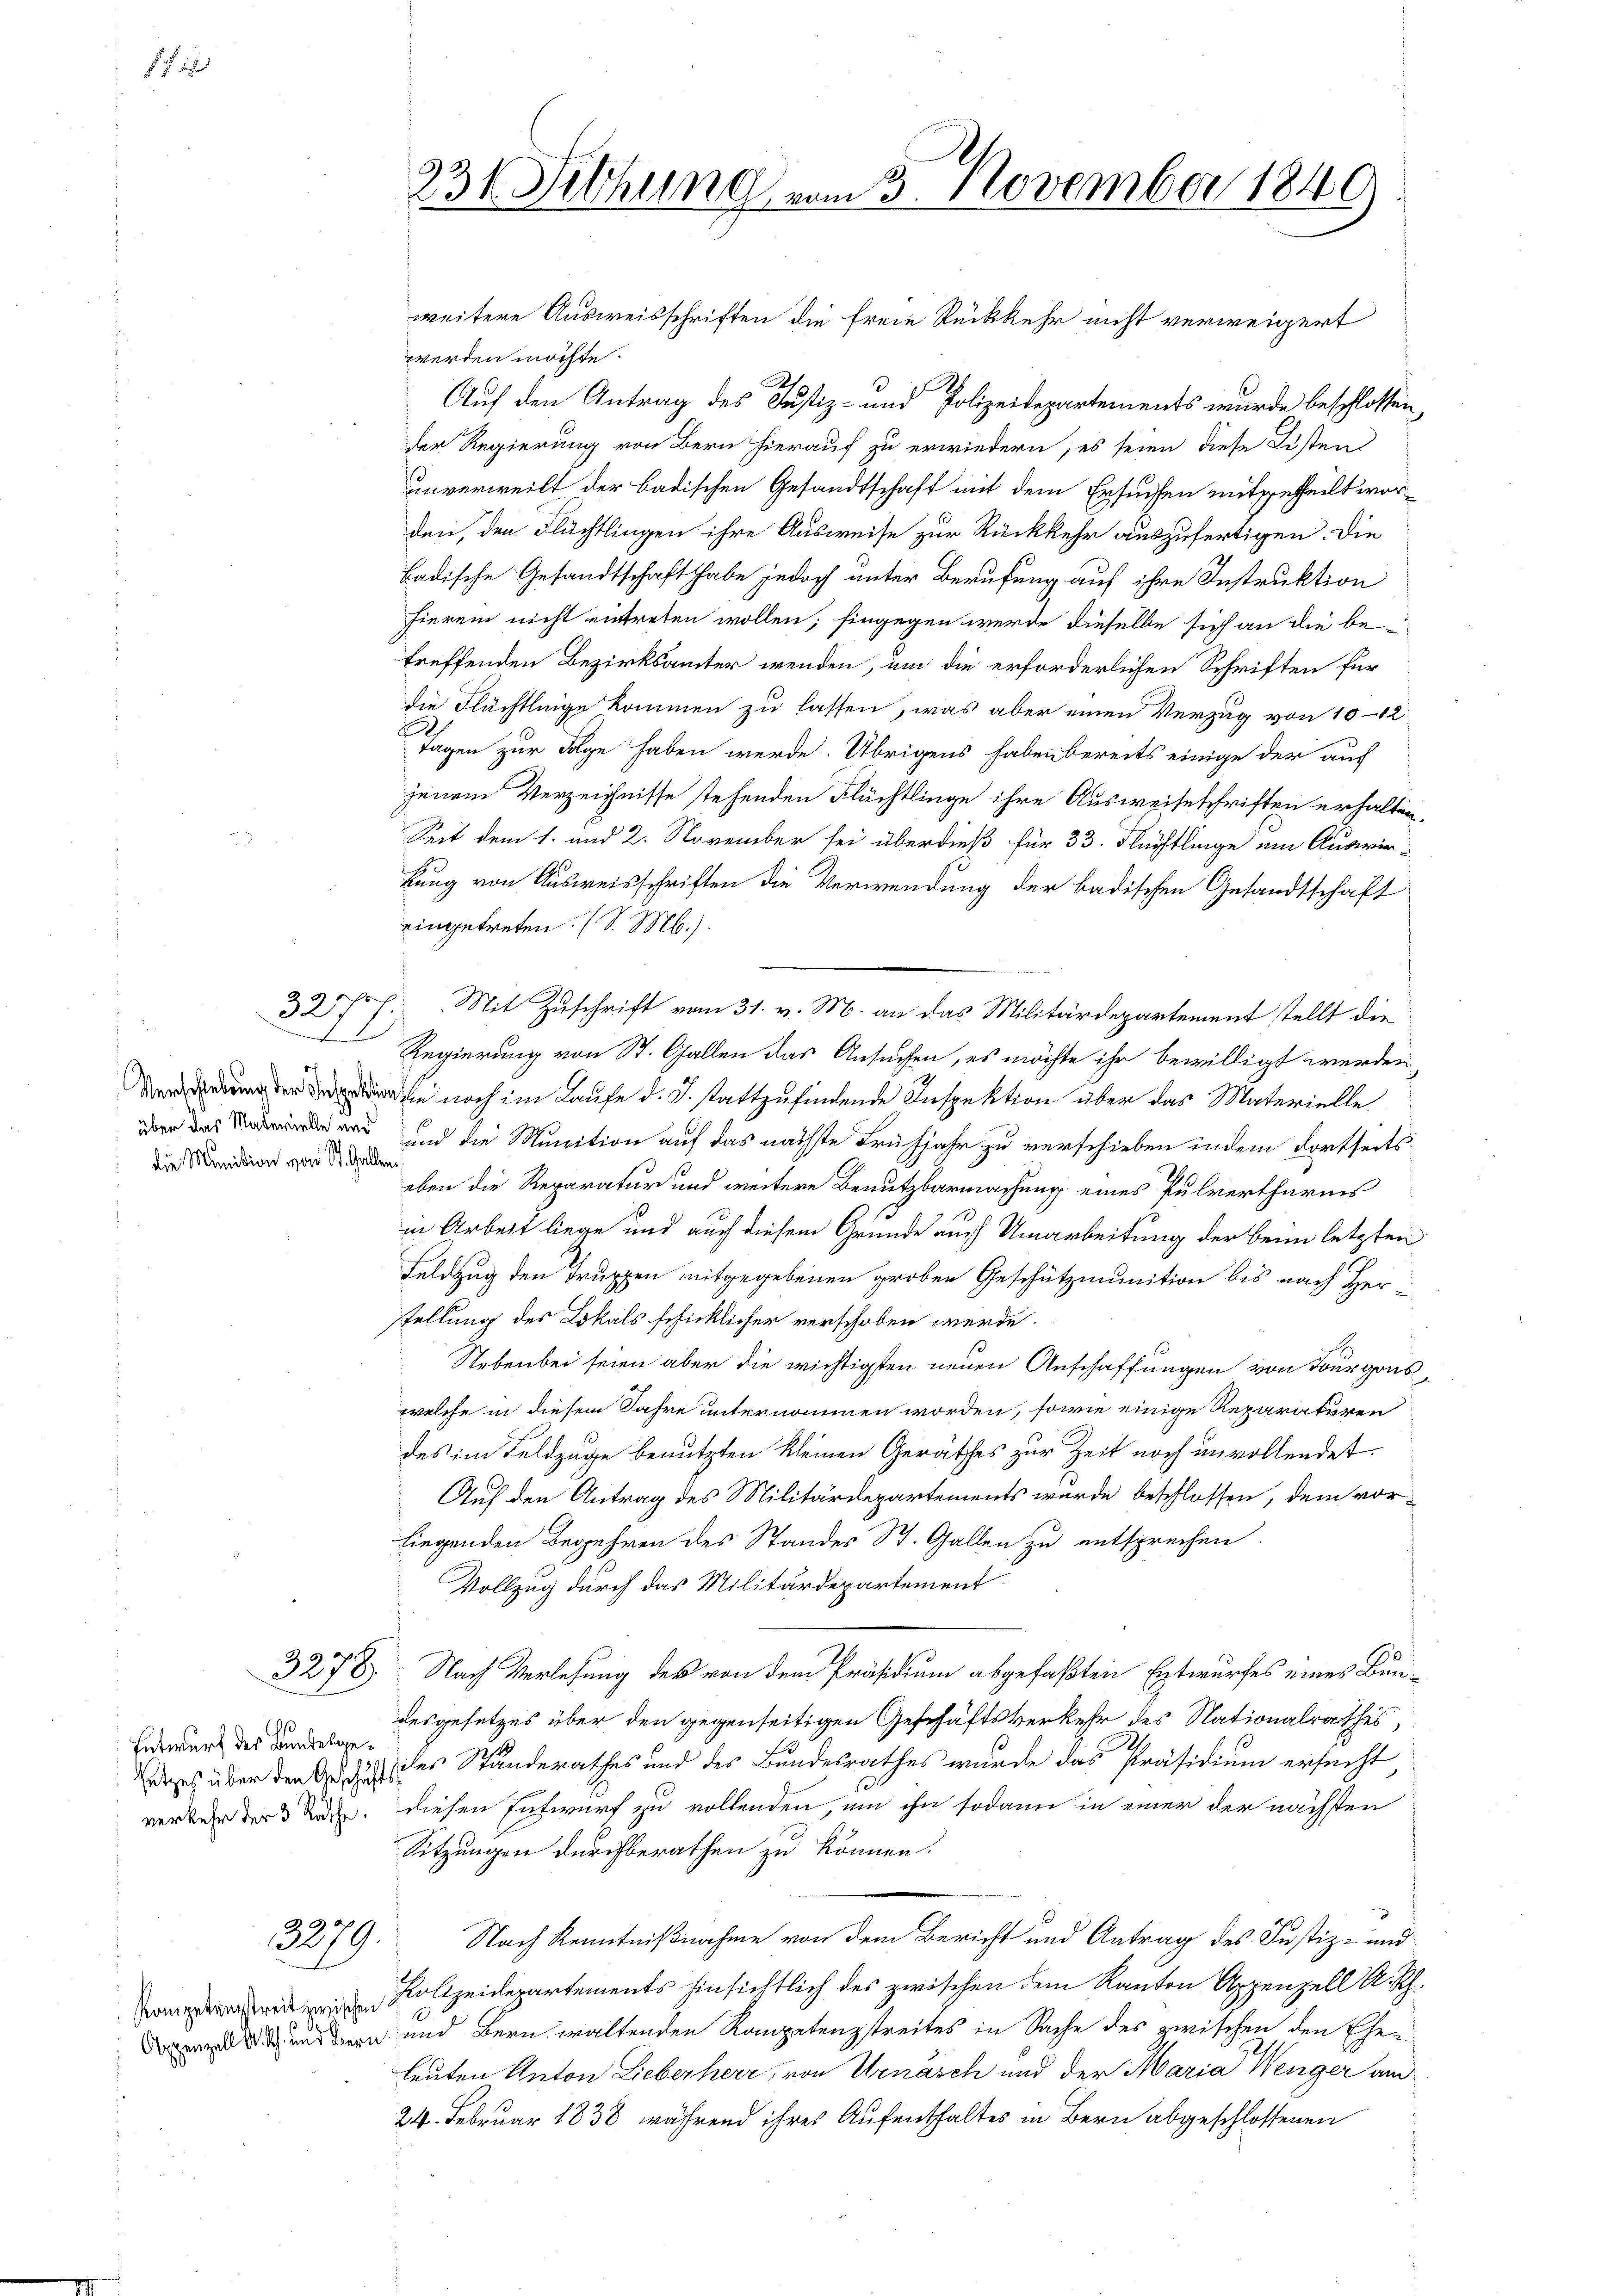
F 1

r
d
e
Verschiebung der Inspek
über das Materielle und
die Munition von St. Go

32

Entwurf der Bundesgeverkehr der 3 Räthe.

3279.

Appenzell M. h. und Bern

234. Dilhung vom 3. November 1840

weitere Ausweisschriften die freie Rückkehr nicht verweigert
werden möchte.
.
A
Auf den Antrag des Justiz- und Polizeidepartements wurde beschlossen,
der Regierung von Bern hierauf zu erwiedern es seien diese Kisten
unverweilt der badischen Gesandtschaft mit dem Ersuchen mitgetheilt worden, den Flüchtlingen ihre Ausweise zur Rückkehr auszufertigen. Die
badische Gesandtschaft habe jedoch unter Berufung auf ihre Instruktion
hieren nicht eintreten wollen; hingegen werde dieselbe sich an die betreffenden Bezirksämter wenden, um die erforderlichen Schriften für
die Flüchtleige kommen zu lassen, was aber einen Verzug von 10-12
E
Tagen zur Folge haben werde. Übrigens haben bereits einige der auch
jenem Verzeichnisse stehenden Flüchtlinge ihre Ausweiseschriften erhalten.
Seit dem 1. und 2. November sei überdieß für 33. Flüchtlinge um Auswirkung von Ausweisschriften die Verwendung der badischen Gesandtschaft
eingetreten (S. Mb.).
.
Mit Zuschrift vom 31. v. M. an das Militärdepartement stellt die
Regierung von St. Gallen das Ansuchen, es möchte ihr bewilligt werden,
da die noch im Laufe d. J. stattzufindende Inspektion über das Materielle.
und die Munition auf das nächste Frühjahr zu verschieben indem dortseitseben die Reparatur und weitere Benutzbarmachung eines Pulverthurnis
in Arbeit liege und auch diesem Grunde auch Umarbeitung der beim letzten
Feldzug den Truppen mitgegebenen groben Geschützmunition bis nach Herstellung des Lokals schicklicher verschoben werde.
Nebenbei seien aber die wichtigsten neuen Anschaffungen von Tourgons
welche in diesem Jahre unternommen worden, sowie einige Reparaturen
des im Feldzüge benutzten kleinen Geräthes zur Zeit noch unvollendet.
Auf den Antrag des Militärdepartements wurde beschlossen, dem vorliegenden Begehren des Standes St. Gallen zu entsprechen
Vollzug durch das Militärdepartement
3278. Nach Verlesung des von dem Präsidium abgefaßten Entwurfes eines Bundesgesetzes über den gegenseitigen Geschäftsverkehr des Nationalrathes,
2.
dass über den zu des Standerathes und des Bundesrathes wurde das Präsidium ersucht
diesen Entwurf zu vollenden, um ihn sodann in einer der nächsten
Sitzungen durchberathen zu können.
Nach Kenntnißnahme von dem Bericht und Antrag des Justiz- und
Rolizeidepartements hinsichtlich des zwischen dem Rauten Appenzell A.-Rh.
 und Bern waltenden Kompetenzstreites in Sache des zwischen den Ehe-
leuten Anton Lieberherr, von Urnasch und der Maria Wenger am
24. Februar 1838, während ihres Aufenthaltes in Bern abgeschlossenen